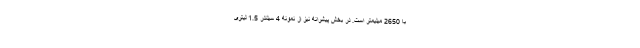
با 2650 میلیمتر است. در بخش پیشرانه نیز از نمونه 4 سیلندر 1.5 لیتری